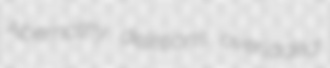
Abernathy deletions overladed